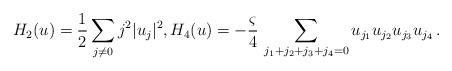
LaTeX: \begin{align*}H_2(u) = \frac{1}{2} \sum_{j \neq 0} j^2 |u_j|^2, H_4(u) = - \frac{\varsigma}{4} \, \sum_{j_1 + j_2 + j_3 + j_4 = 0} u_{j_1} u_{j_2} u_{j_3} u_{j_4} \,.\end{align*}